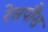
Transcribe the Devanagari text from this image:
रेसपौंस